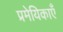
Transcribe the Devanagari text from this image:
प्रमेयिकाएँ